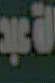
لأعبد